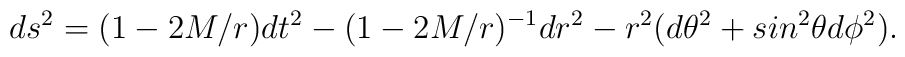
ds^2=(1-2M/r)dt^2-(1-2M/r)^{-1}dr^2-r^2(d\theta^2+sin^2\theta d\phi^2).